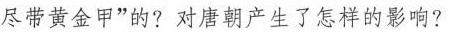
尽带黄金甲”的?对唐朝产生了怎样的影响?